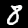
Label: 8